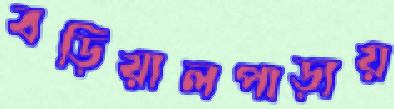
বড়িয়ালপাড়ায়